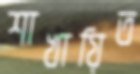
শাখায়িত